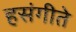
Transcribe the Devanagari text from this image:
हसंगीते